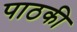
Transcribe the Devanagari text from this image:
पाठकी